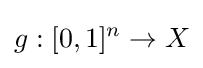
g:[0,1]^{n}\to X